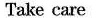
Take care